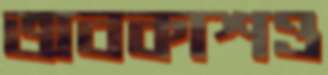
অবকাশও